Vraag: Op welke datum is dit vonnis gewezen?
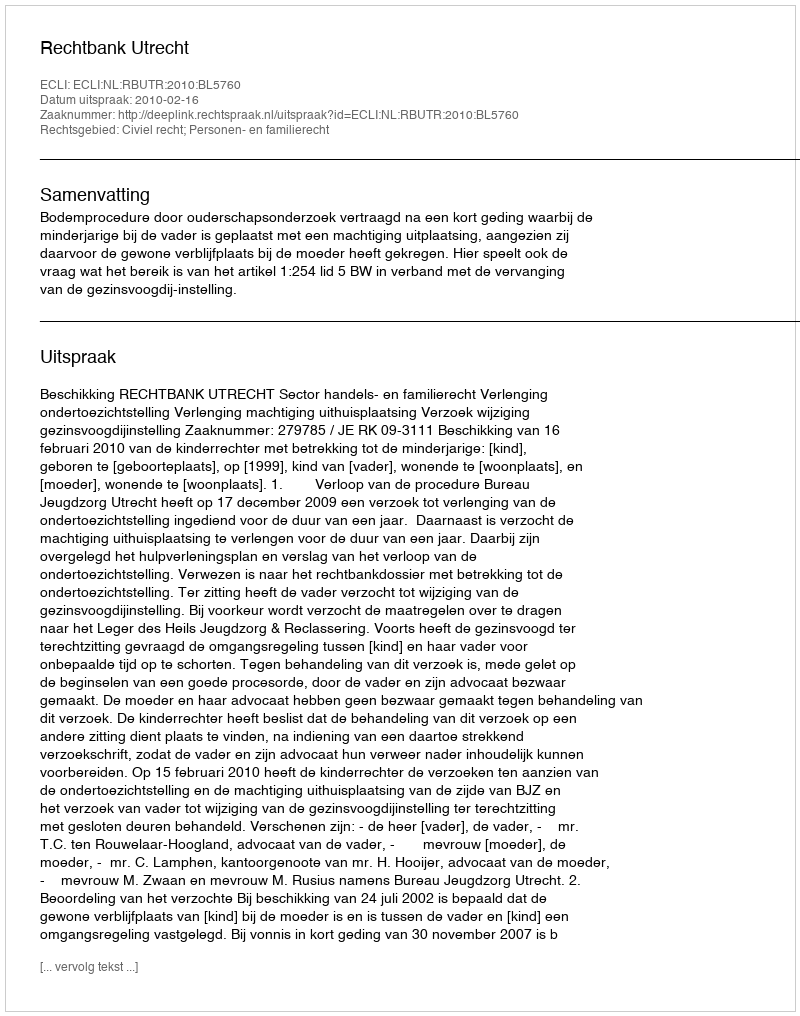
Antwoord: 2010-02-16